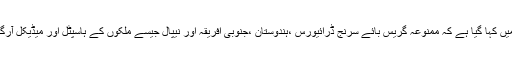
دی سنڈے ٹائمس کی خبروں میں کہا گیا ہے کہ ممنوعہ گریس بائے سرنج ڈرائیورس ،ہندوستان ،جنوبی افریقہ اور نیپال جیسے ملکوں کے ہاسپٹل اور میڈیکل آرگنائزیشن میں بھیجے گئے ہیں۔